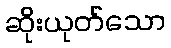
ဆိုးယုတ်သော